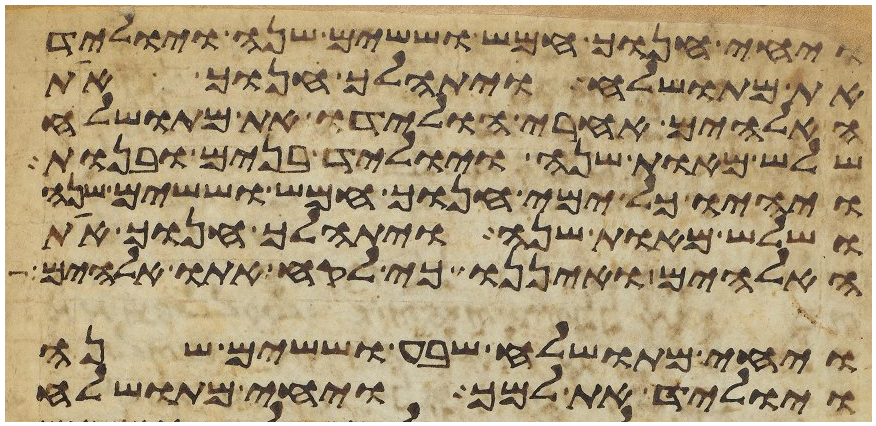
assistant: ויחי חנוך חמש וששים שנה ויוליד
את מתושלח ויתהלך חנוך את
האלהים אחרי הולידו את מתושלח
שלש מאות שנה ויוליד בנים ובנות
ויהיו כל ימי חנוך חמש וששים שנה
ושלש מאות שנה ויתהלך חנוך את
האלהים ואיננו כי לקח אתו אלהים
ויחי מתושלח שבע וששים שנה
ויוליד את למך ויחי מתושלח